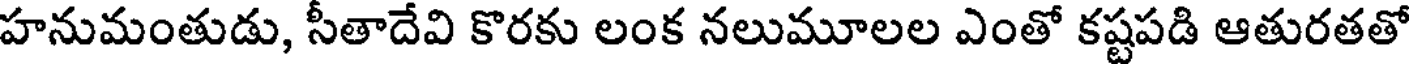
హనుమంతుడు, సీతాదేవి కొరకు లంక నలుమూలల ఎంతో కష్టపడి ఆతురతతో